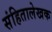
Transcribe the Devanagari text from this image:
संहितालेखक